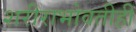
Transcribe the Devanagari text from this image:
शरीराभोवतीही